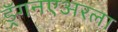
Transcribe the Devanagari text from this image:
ड्रॅगनएअरला